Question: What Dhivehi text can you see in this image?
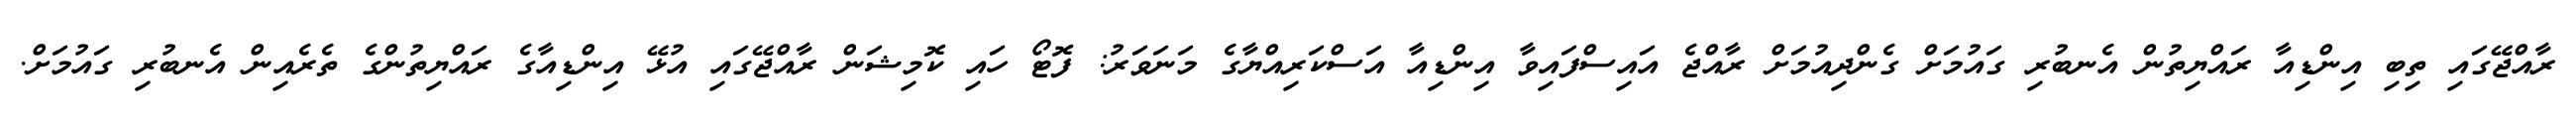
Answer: ރާއްޖޭގައި ތިބި އިންޑިއާ ރައްޔިތުން އެނބުރި ގައުމަށް ގެންދިއުމަށް ރާއްޖެ އައިސްފައިވާ އިންޑިއާ އަސްކަރިއްޔާގެ މަނަވަރު: ފޮޓޯ ހައި ކޮމިޝަން ރާއްޖޭގައި އުޅޭ އިންޑިއާގެ ރައްޔިތުންގެ ތެރެއިން އެނބުރި ގައުމަށް.